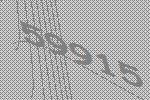
59915